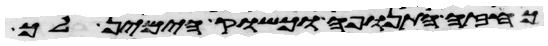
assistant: כחזה התנופה וכשוק הימין לך